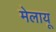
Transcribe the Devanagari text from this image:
मेलायू